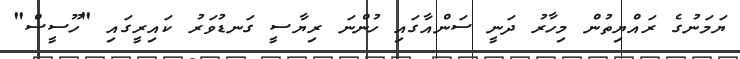
ޔަމަނުގެ ރައްޔިތުން މިހާރު ދަނީ ސަންއާގައި ހުންނަ ރިޔާސީ ގަނޑުވަރު ކައިރީގައި "ހޫސީސް"